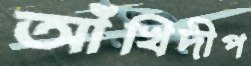
আঁখিদীপ